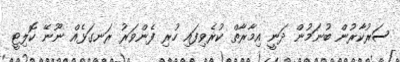
ސަރުކާރުން ބުނަމުން ދަނީ އިމާރާތް ކުރެވިފައި ހުރި ފެންވަރު ރަނގަޅެއް ނޫނޭ ކޮލިޓީ